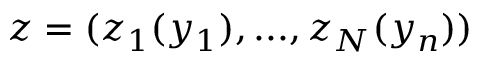
\boldsymbol { z } = ( z _ { 1 } ( y _ { 1 } ) , . . . , z _ { N } ( y _ { n } ) )